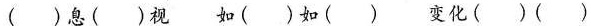
（ ）息（ ）视 如（ ）如（ ） 变化（ ）（ ）